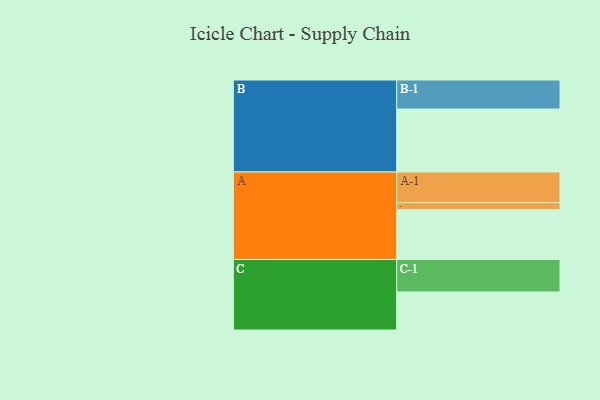
{"axis": {"x": "Segment", "y": "Value"}, "legend": ["", "A", "B", "C"], "data": [{"x": "A", "y": 440, "type": ""}, {"x": "B", "y": 557, "type": ""}, {"x": "C", "y": 337, "type": ""}, {"x": "A-1", "y": 271, "type": "A"}, {"x": "A-2", "y": 63, "type": "A"}, {"x": "B-1", "y": 257, "type": "B"}, {"x": "C-1", "y": 287, "type": "C"}]}